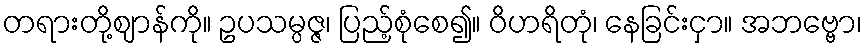
တရားတို့ဈာန်ကို။ ဥပသမ္ပဇ္ဇ၊ ပြည့်စုံစေ၍။ ဝိဟရိတုံ၊ နေခြင်းငှာ။ အဘဗ္ဗော၊